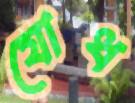
যোধ